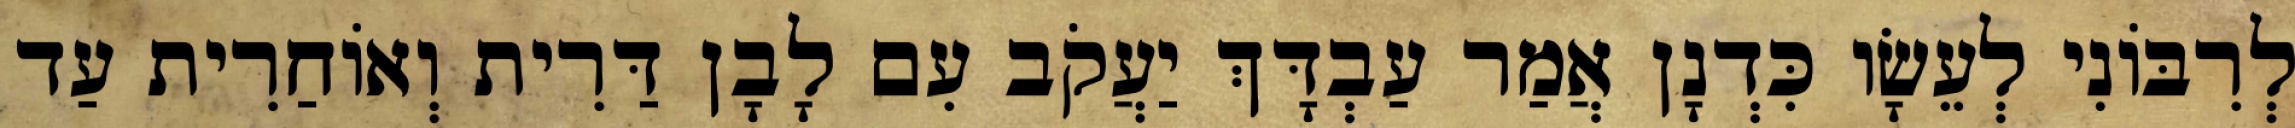
לְרִבּוֹנִי לְעֵשָׂו כִּדְנָן אֲמַר עַבְדָּךְ יַעֲקֹב עִם לָבָן דַּרִית וְאוֹחַרִית עַד